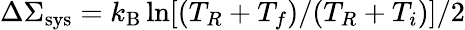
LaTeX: \Delta\Sigma_{\mathrm{sys}}=k_{\mathrm{B}}\ln[(T_{R}+T_{f})/(T_{R}+T_{i})]/2